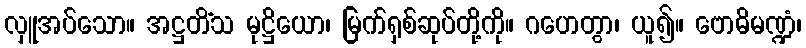
လှူအပ်သော။ အဋ္ဌတိံသ မုဋ္ဌိယော၊ မြက်ရှစ်ဆုပ်တို့ကို။ ဂဟေတွာ၊ ယူ၍။ ဗောဓိမဏ္ဍံ၊